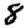
Digit: 8